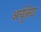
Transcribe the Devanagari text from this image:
अर्चुलेटा